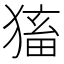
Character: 𤠕